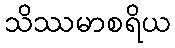
သိဿမာစရိယ